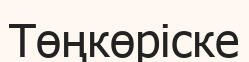
Төңкөріске